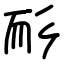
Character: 耏